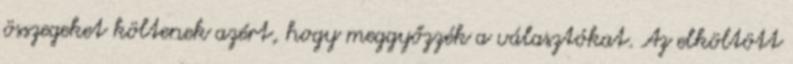
összegeket költenek azért, hogy meggyőzzék a választókat. Az elköltött